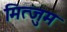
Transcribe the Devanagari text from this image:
मित्जुम